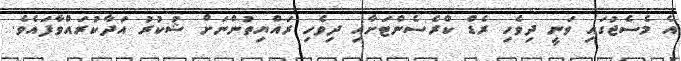
އެ މެސެޖުގައި ވަނީ ދިވެހި ރެޑް ކްރެސެންޓަށާއި ދިވެހި ރައްޔިތުންނަށް ޝުކުރު އަދާކުރައްވާފައެވެ.